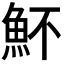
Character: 𩵣